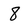
Character: 8